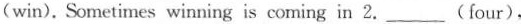
(win). Sometimes winning is coming in 2.___(four).